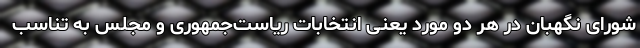
شورای نگهبان در هر دو مورد یعنی انتخابات ریاست‌جمهوری و مجلس به تناسب